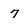
Character: 7